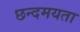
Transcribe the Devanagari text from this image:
छन्दमयता